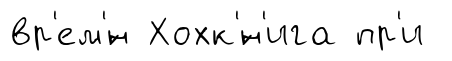
вр'ем'́н Хохк'́н'ига пр'и